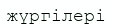
жүргілері